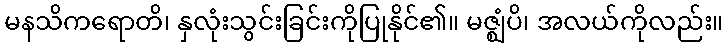
မနသိကရောတိ၊ နှလုံးသွင်းခြင်းကိုပြုနိုင်၏။ မဇ္ဈံပိ၊ အလယ်ကိုလည်း။